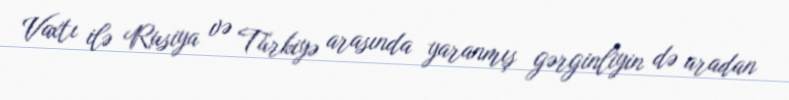
Vaxtı ilə Rusiya və Türkiyə arasında yaranmış gərginliyin də aradan